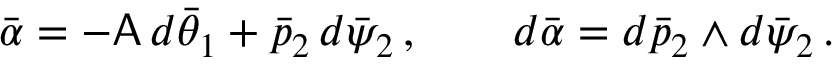
\bar { \alpha } = - \mathsf { A } \, d \bar { \theta } _ { 1 } + \bar { p } _ { 2 } \, d \bar { \psi } _ { 2 } \, , \qquad d \bar { \alpha } = d \bar { p } _ { 2 } \wedge d \bar { \psi } _ { 2 } \, .